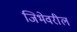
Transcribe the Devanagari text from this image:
जिभेवरील